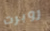
روبرت